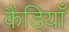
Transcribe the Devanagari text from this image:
कैंडियाँ